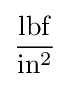
\mathrm {\frac {lbf}{in^{2}}}